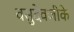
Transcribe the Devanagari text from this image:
वसुदेवजीके